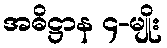
အဓိဋ္ဌာန ၄-မျိုး